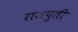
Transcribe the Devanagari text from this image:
राजपुती